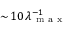
\sim \! 1 0 \, \lambda _ { \mathrm { ~ m ~ a ~ x ~ } } ^ { - 1 }